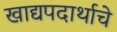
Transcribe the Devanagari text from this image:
खाद्यपदार्थाचे